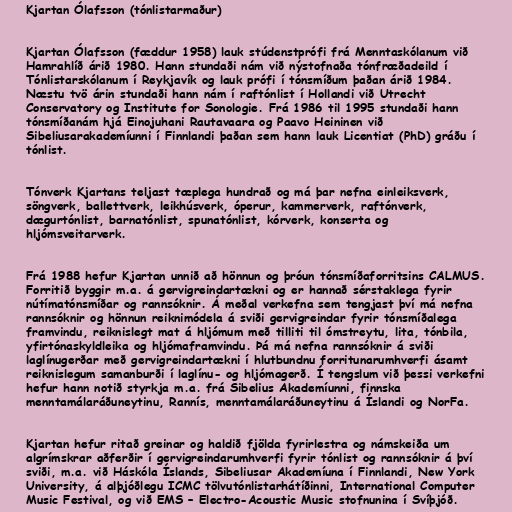
Kjartan Ólafsson (tónlistarmaður)

Kjartan Ólafsson (fæddur 1958) lauk stúdenstprófi frá Menntaskólanum við
Hamrahlíð árið 1980. Hann stundaði nám við nýstofnaða tónfræðadeild í
Tónlistarskólanum í Reykjavík og lauk prófi í tónsmíðum þaðan árið 1984.
Næstu tvö árin stundaði hann nám í raftónlist í Hollandi við Utrecht
Conservatory og Institute for Sonologie. Frá 1986 til 1995 stundaði hann
tónsmíðanám hjá Einojuhani Rautavaara og Paavo Heininen við
Sibeliusarakademíunni í Finnlandi þaðan sem hann lauk Licentiat (PhD) gráðu í
tónlist.

Tónverk Kjartans teljast tæplega hundrað og má þar nefna einleiksverk,
söngverk, ballettverk, leikhúsverk, óperur, kammerverk, raftónverk,
dægurtónlist, barnatónlist, spunatónlist, kórverk, konserta og
hljómsveitarverk.

Frá 1988 hefur Kjartan unnið að hönnun og þróun tónsmíðaforritsins CALMUS.
Forritið byggir m.a. á gervigreindartækni og er hannað sérstaklega fyrir
nútímatónsmíðar og rannsóknir. Á meðal verkefna sem tengjast því má nefna
rannsóknir og hönnun reiknimódela á sviði gervigreindar fyrir tónsmíðalega
framvindu, reiknislegt mat á hljómum með tilliti til ómstreytu, lita, tónbila,
yfirtónaskyldleika og hljómaframvindu. Þá má nefna rannsóknir á sviði
laglínugerðar með gervigreindartækni í hlutbundnu forritunarumhverfi ásamt
reiknislegum samanburði í laglínu- og hljómagerð. Í tengslum við þessi verkefni
hefur hann notið styrkja m.a. frá Sibelius Akademíunni, finnska
menntamálaráðuneytinu, Rannís, menntamálaráðuneytinu á Íslandi og NorFa.

Kjartan hefur ritað greinar og haldið fjölda fyrirlestra og námskeiða um
algrímskrar aðferðir í gervigreindarumhverfi fyrir tónlist og rannsóknir á því
sviði, m.a. við Háskóla Íslands, Sibeliusar Akademíuna í Finnlandi, New York
University, á alþjóðlegu ICMC tölvutónlistarhátíðinni, International Computer
Music Festival, og við EMS – Electro-Acoustic Music stofnunina í Svíþjóð.